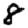
Digit: 8